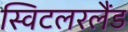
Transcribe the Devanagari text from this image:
स्विटलरलैंड